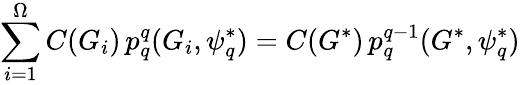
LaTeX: \sum_{i=1}^{\Omega}C(G_{i})\, p_{q}^{q}(G_{i},\psi_{q}^{*})=C(G^{*})\, p_{q}^{q-1}(G^{*},\psi_{q}^{*})